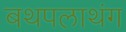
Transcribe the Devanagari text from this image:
बथपलाथंग